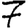
Digit: 7